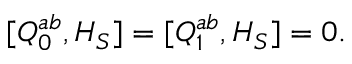
[ Q _ { 0 } ^ { a b } , { \cal H } _ { S } ] = [ Q _ { 1 } ^ { a b } , { \cal H } _ { S } ] = 0 .